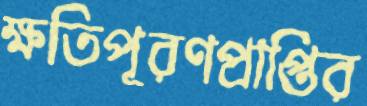
ক্ষতিপূরণপ্রাপ্তির